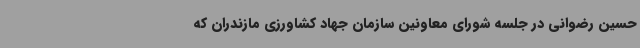
حسین رضوانی در جلسه شورای معاونین سازمان جهاد کشاورزی مازندران که